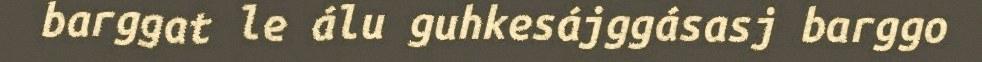
barggat le álu guhkesájggásasj barggo